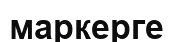
маркерге